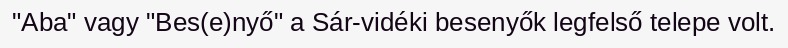
"Aba" vagy "Bes(e)nyő" a Sár-vidéki besenyők legfelső telepe volt.